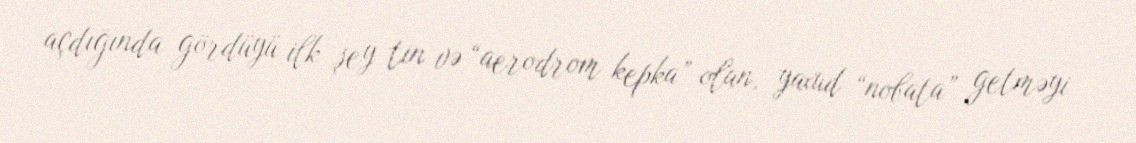
açdığında gördüyü ilk şey tin və “aerodrom kepka” olan, yaxud “nobata” getməyi